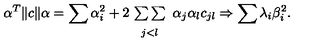
\alpha ^ { T } \| c \| \alpha = \sum \alpha _ { i } ^ { 2 } + 2 \! \begin{array} { c } { { } } \\ { { \sum \sum } } \\ { { } _ { j < l } } \\ \end{array} \alpha _ { j } \alpha _ { l } c _ { j l } \Rightarrow \sum \lambda _ { i } \beta _ { i } ^ { 2 } .